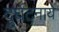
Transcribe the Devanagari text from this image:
दुर्घटनाये